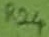
Text: R24